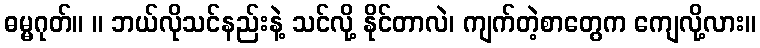
ဓမ္မဂုတ်။ ။ ဘယ်လိုသင်နည်းနဲ့ သင်လို့ နိုင်တာလဲ၊ ကျက်တဲ့စာတွေက ကျေလို့လား။